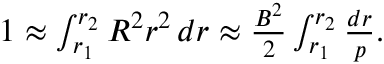
\begin{array} { r } { 1 \approx \int _ { r _ { 1 } } ^ { r _ { 2 } } R ^ { 2 } r ^ { 2 } \, d r \approx \frac { B ^ { 2 } } { 2 } \int _ { r _ { 1 } } ^ { r _ { 2 } } \frac { d r } { p } . } \end{array}